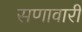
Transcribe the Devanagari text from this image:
सणावारीं